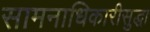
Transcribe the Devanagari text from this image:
सामनाधिकारीसुद्धा